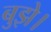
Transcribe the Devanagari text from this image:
बुझे।